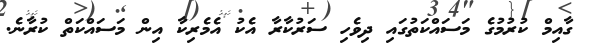
ގާއިމް ކުރުމުގެ މަސައްކަތުގައި ދިވެހި ސަރުކާރާ އެކު އެމެރިކާ އިން މަސައްކަތް ކުރާނެ.